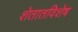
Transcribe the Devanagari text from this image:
शेतातविशेष